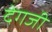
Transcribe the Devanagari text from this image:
देगजी